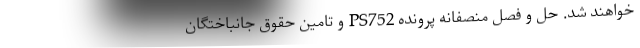
خواهند شد. حل و فصل منصفانه پرونده PS752 و تامین حقوق جانباختگان